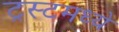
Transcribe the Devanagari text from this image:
ट्रस्टमध्ये